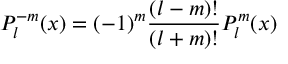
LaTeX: P _ { l } ^ { - m } ( x ) = ( - 1 ) ^ { m } \frac { ( l - m ) ! } { ( l + m ) ! } P _ { l } ^ { m } ( x )